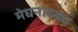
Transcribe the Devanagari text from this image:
मेघनादबध